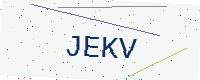
Text: JEKV